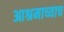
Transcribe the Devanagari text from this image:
आश्रमाच्याच